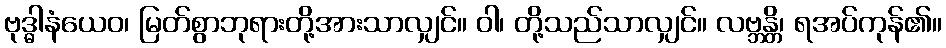
ဗုဒ္ဓါနံယေဝ၊ မြတ်စွာဘုရားတို့အားသာလျှင်။ ဝါ၊ တို့သည်သာလျှင်။ လဗ္ဘန္တိ၊ ရအပ်ကုန်၏။